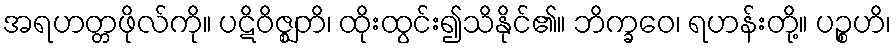
အရဟတ္တဖိုလ်ကို။ ပဋိဝိဇ္ဈတိ၊ ထိုးထွင်း၍သိနိုင်၏။ ဘိက္ခဝေ၊ ရဟန်းတို့။ ပဉ္စဟိ၊